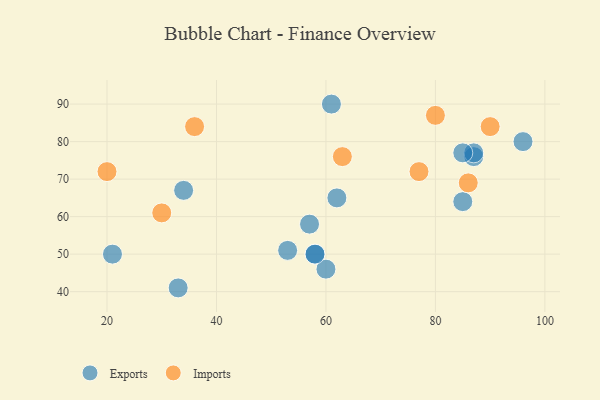
{"axis": {"x": "GDP", "y": "Life Expectancy"}, "legend": ["Exports", "Imports"], "data": [{"x": "87", "y": 76, "type": "Exports"}, {"x": "61", "y": 90, "type": "Exports"}, {"x": "34", "y": 67, "type": "Exports"}, {"x": "62", "y": 65, "type": "Exports"}, {"x": "57", "y": 58, "type": "Exports"}, {"x": "21", "y": 50, "type": "Exports"}, {"x": "33", "y": 41, "type": "Exports"}, {"x": "58", "y": 50, "type": "Exports"}, {"x": "60", "y": 46, "type": "Exports"}, {"x": "58", "y": 50, "type": "Exports"}, {"x": "53", "y": 51, "type": "Exports"}, {"x": "85", "y": 64, "type": "Exports"}, {"x": "87", "y": 77, "type": "Exports"}, {"x": "85", "y": 77, "type": "Exports"}, {"x": "96", "y": 80, "type": "Exports"}, {"x": "86", "y": 69, "type": "Imports"}, {"x": "30", "y": 61, "type": "Imports"}, {"x": "77", "y": 72, "type": "Imports"}, {"x": "63", "y": 76, "type": "Imports"}, {"x": "20", "y": 72, "type": "Imports"}, {"x": "36", "y": 84, "type": "Imports"}, {"x": "80", "y": 87, "type": "Imports"}, {"x": "90", "y": 84, "type": "Imports"}]}